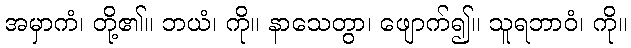
အမှာကံ၊ တို့၏။ ဘယံ၊ ကို။ နာသေတွာ၊ ဖျောက်၍။ သူရဘာဝံ၊ ကို။